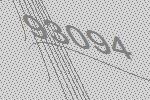
93094